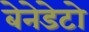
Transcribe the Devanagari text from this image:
बेनेडेटो